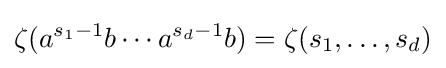
\zeta (a^{s_{1}-1}b\cdots a^{s_{d}-1}b)=\zeta (s_{1},\ldots ,s_{d})